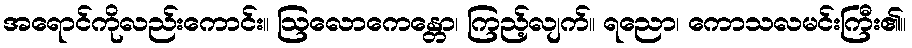
အရောင်ကိုလည်းကောင်း။ ဩလောကေန္တော၊ ကြည့်လျက်။ ရညော၊ ကောသလမင်းကြီး၏။